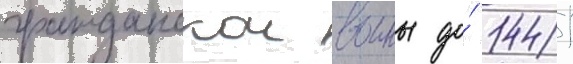
гражданскои воины до́ 1441